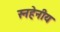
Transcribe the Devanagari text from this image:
स्नहेनीय